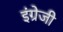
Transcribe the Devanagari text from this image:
इंग्रेजी